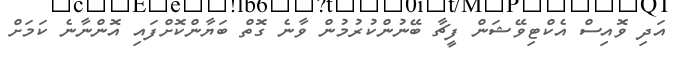
އަދި ވޮއިސް އެކްޓިވޭޝަން ފީޗާ ބޭނުންކުރުމުން ވާނެ ގޮތް ބަޔާންކޮށްފައި އޮންނާނެ ކަމަށް